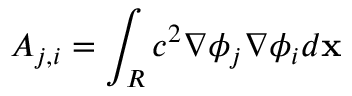
A _ { j , i } = \int _ { R } c ^ { 2 } \nabla \phi _ { j } \nabla \phi _ { i } d \mathbf x